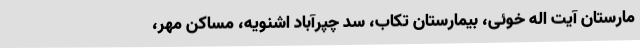
مارستان آیت اله خوئی، بیمارستان تکاب، سد چپرآباد اشنویه، مساکن مهر،